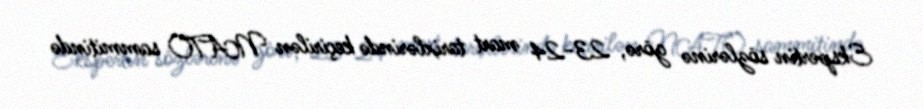
Ekspertin sözlərinə görə, 23-24 mart tarixlərində keçirilən NATO sammitində